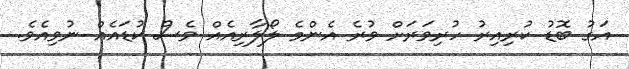
އަގު ބޮޑު ކުރިއިރު ހުރިވަރަށް ވުރެ އެންމެ ލޯލާރިއެއް ވެސް ކުޑައެއް ނުވިއެވެ.